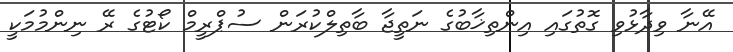
އޭނާ ވިދާޅުވި ގޮތުގައި އިންތިޚާބުގެ ނަތީޖާ ބާތިލްކުރަން ސުޕްރީމް ކޯޓުގެ ރޭ ނިންމުމަކީ